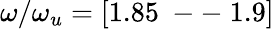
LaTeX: \omega/\omega_{u}=[1.85\mathrm{~--~}1.9]